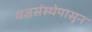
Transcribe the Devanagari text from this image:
यज्ञसंस्थेपासून